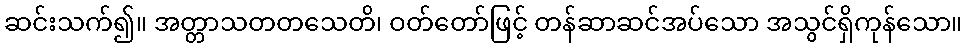
ဆင်းသက်၍။ အတ္တာသတတသေတိ၊ ဝတ်တော်ဖြင့် တန်ဆာဆင်အပ်သော အသွင်ရှိကုန်သော။